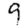
Digit: 9